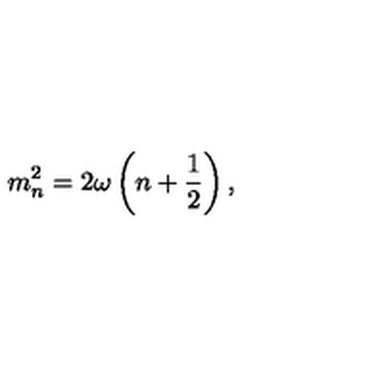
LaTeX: m _ { n } ^ { 2 } = 2 \omega \left( n + \frac { 1 } { 2 } \right) ,